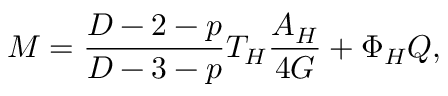
M = \frac { D - 2 - p } { D - 3 - p } T _ { H } \frac { A _ { H } } { 4 G } + \Phi _ { H } Q ,